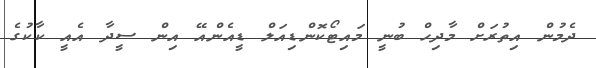
ދެމުން އިތުރަށް މާދިހް ބުނީ މައިޓޯކޮންޑިއަލް ޑީއެންއޭ އިން ސީދާ އެއީ ކާކުގެ